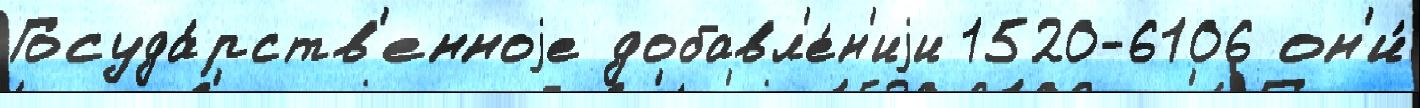
Госуда́рств'енноjе добавл'е́н'иjи 1520-6106 он'и́